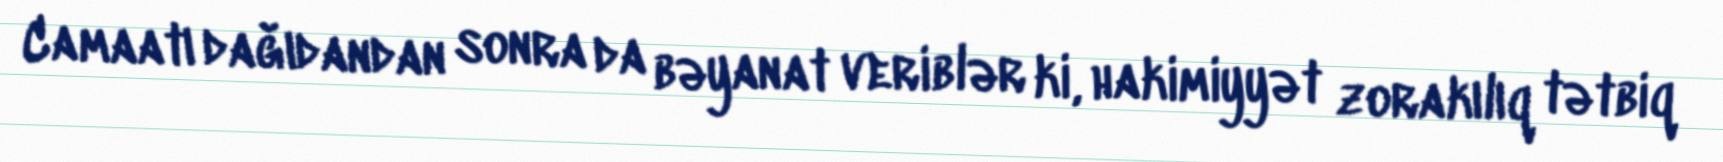
Camaatı dağıdandan sonra da bəyanat veriblər ki, hakimiyyət zorakılıq tətbiq